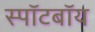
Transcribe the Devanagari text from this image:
स्पॉटबॉय